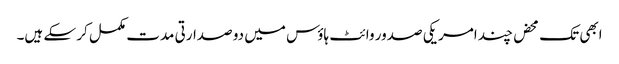
ابھی تک محض چند امریکی صدور وائٹ ہاؤس میں دو صدارتی مدت مکمل کر سکے ہیں۔